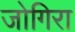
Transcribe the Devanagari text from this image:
जोगिरा